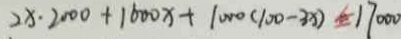
2 x \cdot 2 0 0 0 + 1 6 0 0 x + 1 0 0 0 ( 1 0 0 - 3 x ) \leq 1 7 0 0 0